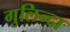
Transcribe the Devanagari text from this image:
गुलिन्दा